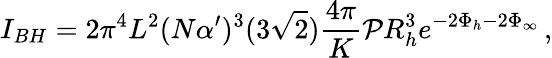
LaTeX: I_{BH}=2\pi^{4}L^{2}(N\alpha^{\prime})^{3}(3\sqrt{2})\frac{4\pi}{K}{\cal P}R_{h}^{3}e^{-2\Phi_{h}-2\Phi_{\infty}}\, ,